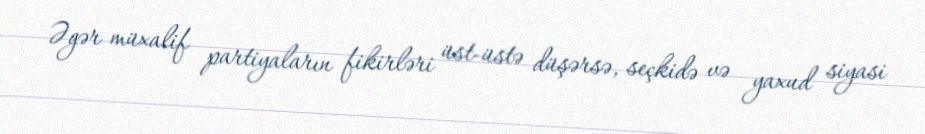
Əgər müxalif partiyaların fikirləri üst-üstə düşərsə, seçkidə və yaxud siyasi